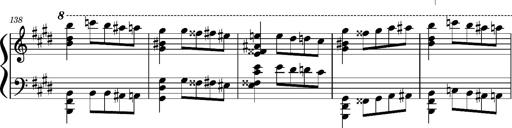
Title: Concerto sans orchestre, S.524a
Composer: Franz Liszt
Key: A major